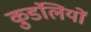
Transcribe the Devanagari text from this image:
कुडंलियों